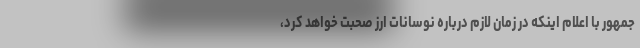
جمهور با اعلام اینکه در زمان لازم درباره نوسانات ارز صحبت خواهد کرد،